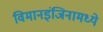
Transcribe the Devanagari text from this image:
विमानइंजिनामध्ये